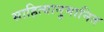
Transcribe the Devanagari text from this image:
साहित्यानुमानित